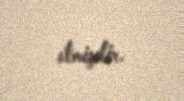
etmişdir.